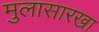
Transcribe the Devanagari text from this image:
मुलासारखा